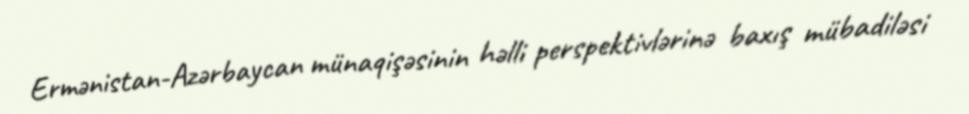
Ermənistan-Azərbaycan münaqişəsinin həlli perspektivlərinə baxış mübadiləsi